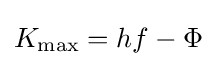
K_{\mathrm {max} }=hf-\Phi \,\!